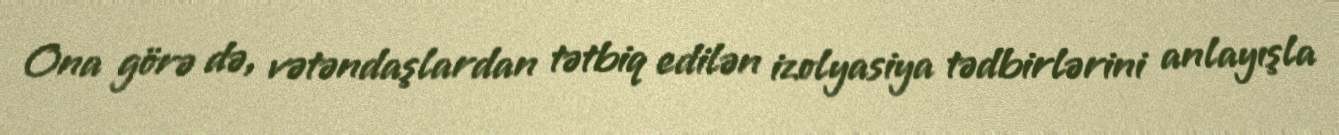
Ona görə də, vətəndaşlardan tətbiq edilən izolyasiya tədbirlərini anlayışla